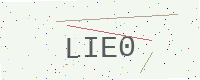
Text: LIE0